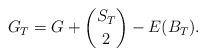
LaTeX: \begin{align*}G_T = G + \binom{S_T}{2} - E(B_T).\end{align*}